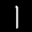
Label: 1